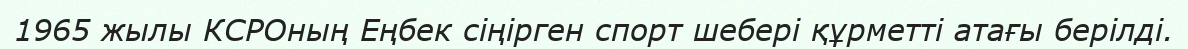
1965 жылы КСРОның Еңбек сіңірген спорт шебері құрметті атағы берілді.